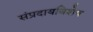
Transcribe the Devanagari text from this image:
संप्रदायविशेष